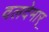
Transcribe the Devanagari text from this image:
वलदेमार्